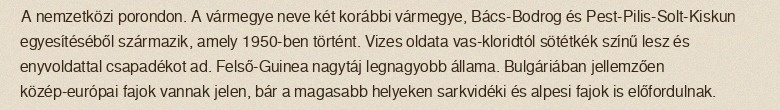
A nemzetközi porondon. A vármegye neve két korábbi vármegye, Bács-Bodrog és Pest-Pilis-Solt-Kiskun egyesítéséből származik, amely 1950-ben történt. Vizes oldata vas-kloridtól sötétkék színű lesz és enyvoldattal csapadékot ad. Felső-Guinea nagytáj legnagyobb állama. Bulgáriában jellemzően közép-európai fajok vannak jelen, bár a magasabb helyeken sarkvidéki és alpesi fajok is előfordulnak.